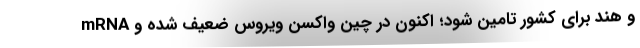
و هند برای کشور تامین شود؛ اکنون در چین واکسن ویروس ضعیف شده و mRNA